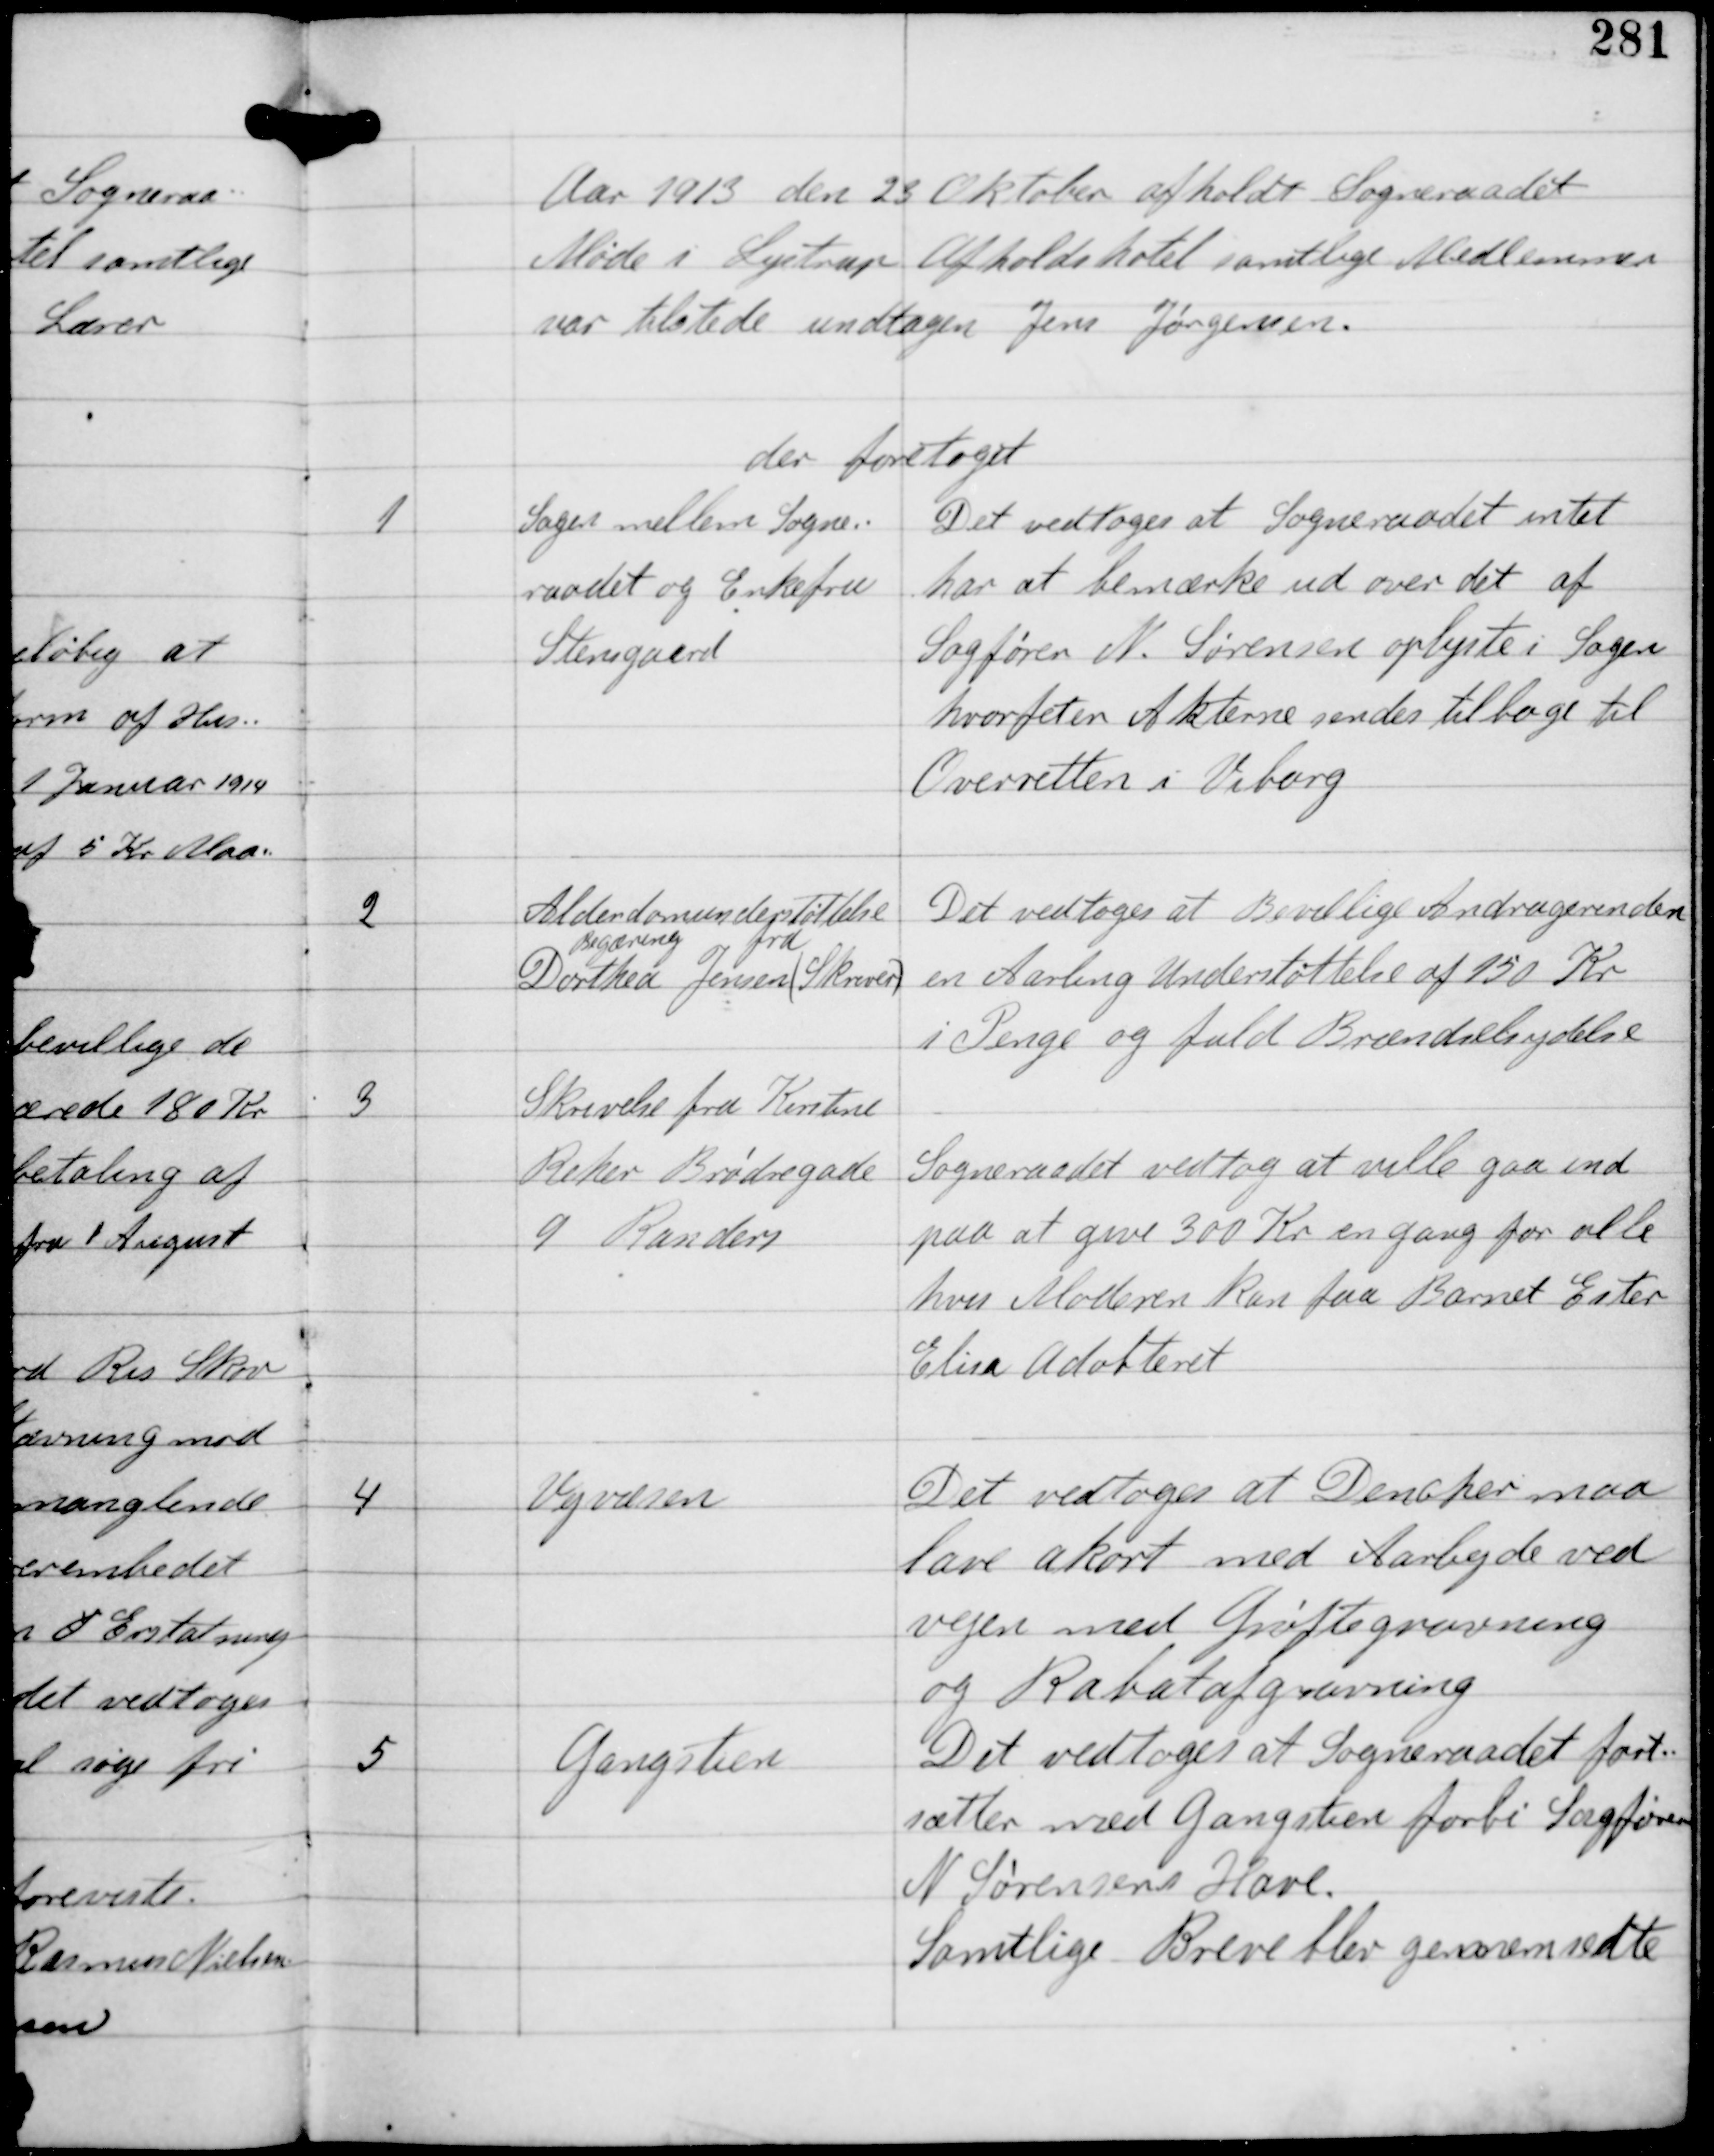
Transskription:
Aar 1913 den 28 Oktober afholdt Sogneraadet
Møde i Lystrup Afholdshotel samtlige Medlemmer
var tilstede undtagen Jens Jørgensen

der foretoges

1

Sagen mellem Sogne-
raadet og Enkefru
Stensgaard

Det vedtoges at Sogneraadet intet
har at bemærke ud over det af
Sagfører N. Sørensen oplyste i Sagen
hvorefter Akterne sendes tilbage til
Overretten i Viborg

2

Alderdomsunderstøttelse
Begæring fra
Dorthea Jensen (Skriver)

Det vedtoges at Bevillige Andragerinden
en Aarlig Understøttelse af 150 Kr
i Penge og fuld Brændselsydelse

3

Skrivelse fra Kirstine
Reher Brødregade
9 Randers

Sogneraadet vedtog at ville gaa ind
paa at give 300 Kr en gang for alle
hvis Moderen kan faa Barnet Ester
Elisa Adobteret

4

Vejvæsen

Det vedtoges at Dencker maa
lave akort med Arbejde ved
vejen med Grøftegravning
og Rabatafgravning

5

Gangstien

Det vedtoges at Sogneraadet fort-
sætter med Gangstien forbi Sagfører
N Sørensens Have.
Samtlige Breve blev gennemsedte